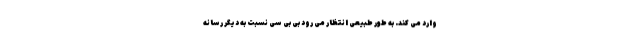
وارد می کند. به طور طبیعی انتظار می رود بی بی سی نسبت به دیگر رسانه